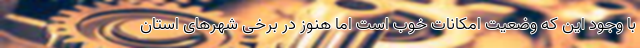
با وجود این که وضعیت امکانات خوب است اما هنوز در برخی شهرهای استان